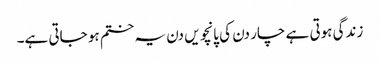
زندگی ہوتی ہے چار دن کی پانچویں دن یہ ختم ہو جاتی ہے۔